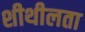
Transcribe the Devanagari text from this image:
शीथीलता